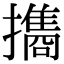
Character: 㩦